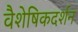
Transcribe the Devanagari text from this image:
वैशेषिकदर्शन